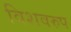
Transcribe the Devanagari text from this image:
विशवरुप